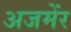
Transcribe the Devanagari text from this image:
अजमेंर